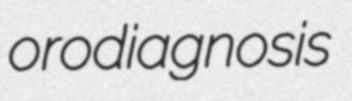
orodiagnosis